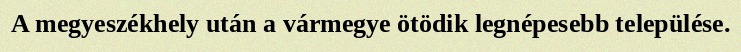
A megyeszékhely után a vármegye ötödik legnépesebb települése.